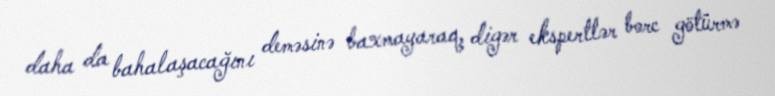
daha da bahalaşacağını deməsinə baxmayaraq, digər ekspertlər borc götürmə